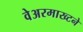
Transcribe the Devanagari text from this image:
वेअरमाख्टने